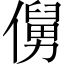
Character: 𱏖